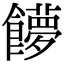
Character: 𩟞